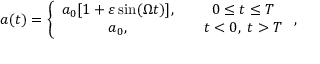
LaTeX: a ( t ) = \left\{ \begin{array} { c c } { { a _ { 0 } [ 1 + \varepsilon \sin ( \Omega t ) ] , } } & { { \quad 0 \leq t \leq T } } \\ { { a _ { 0 } , } } & { { \quad t < 0 , \; t > T } } \end{array} \right. ,